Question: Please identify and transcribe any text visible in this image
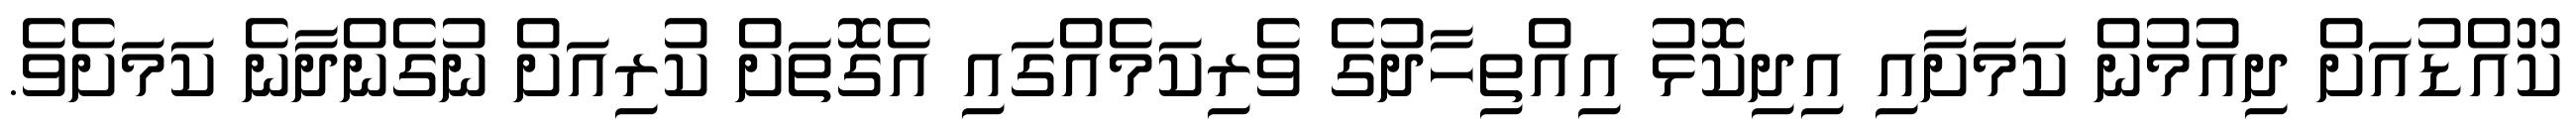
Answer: ކޫއްޑުއަށް ދިއުމުން ކަމަށާއި އިދިކޮޅު އިއްތިހާދުގެ ވެރިކަމެއްގައި އެގޮތަށް ކުރިއަށް ނުގެންދާނެ ކަމަށެވެ.